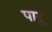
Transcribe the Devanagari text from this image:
पाद्